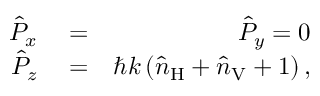
\begin{array} { r l r } { \hat { P } _ { x } } & { { } = } & { \hat { P } _ { y } = 0 } \\ { \hat { P } _ { z } } & { { } = } & { \hbar k \left( \hat { n } _ { \mathrm { H } } + \hat { n } _ { \mathrm { V } } + 1 \right) , } \end{array}